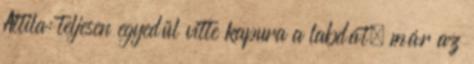
Attila: teljesen egyedül vitte kapura a labdát, már az